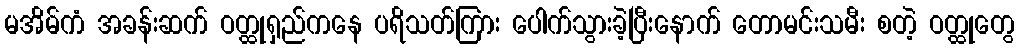
မအိမ်ကံ အခန်းဆက် ဝတ္ထုရှည်ကနေ ပရိသတ်ကြား ပေါက်သွားခဲ့ပြီးနောက် တောမင်းသမီး စတဲ့ ဝတ္ထုတွေ